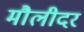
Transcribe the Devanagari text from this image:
मौलीदर